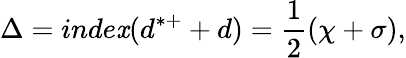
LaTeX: \Delta=inde\mathit{x}(d^{*+}+d)=\frac{{1}}{{2}}(\chi+\sigma),